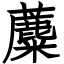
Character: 蘪